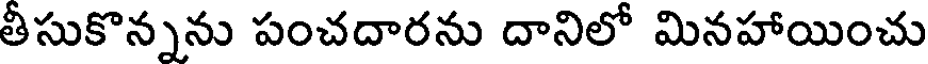
తీసుకొన్నను పంచదారను దానిలో మినహాయించు